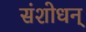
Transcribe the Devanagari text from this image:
संशोधन्